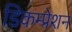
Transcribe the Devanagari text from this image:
डिकम्प्रेशन